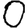
Digit: 0